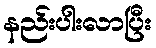
နည်းပါးလာပြီး